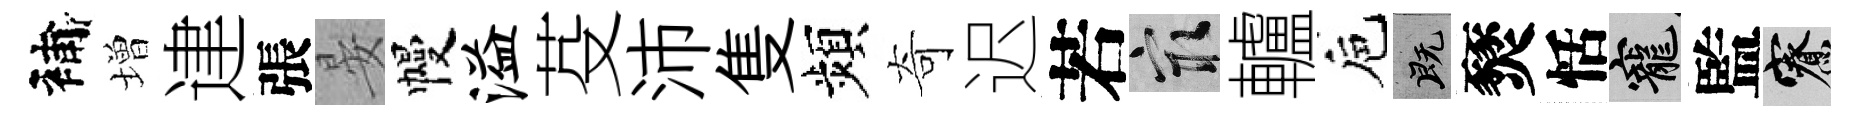
補増䢖張晏幔溢芟沛隻頻奇迟若冣轤巵既燹恬寵監寮